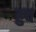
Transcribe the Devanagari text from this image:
हुघ